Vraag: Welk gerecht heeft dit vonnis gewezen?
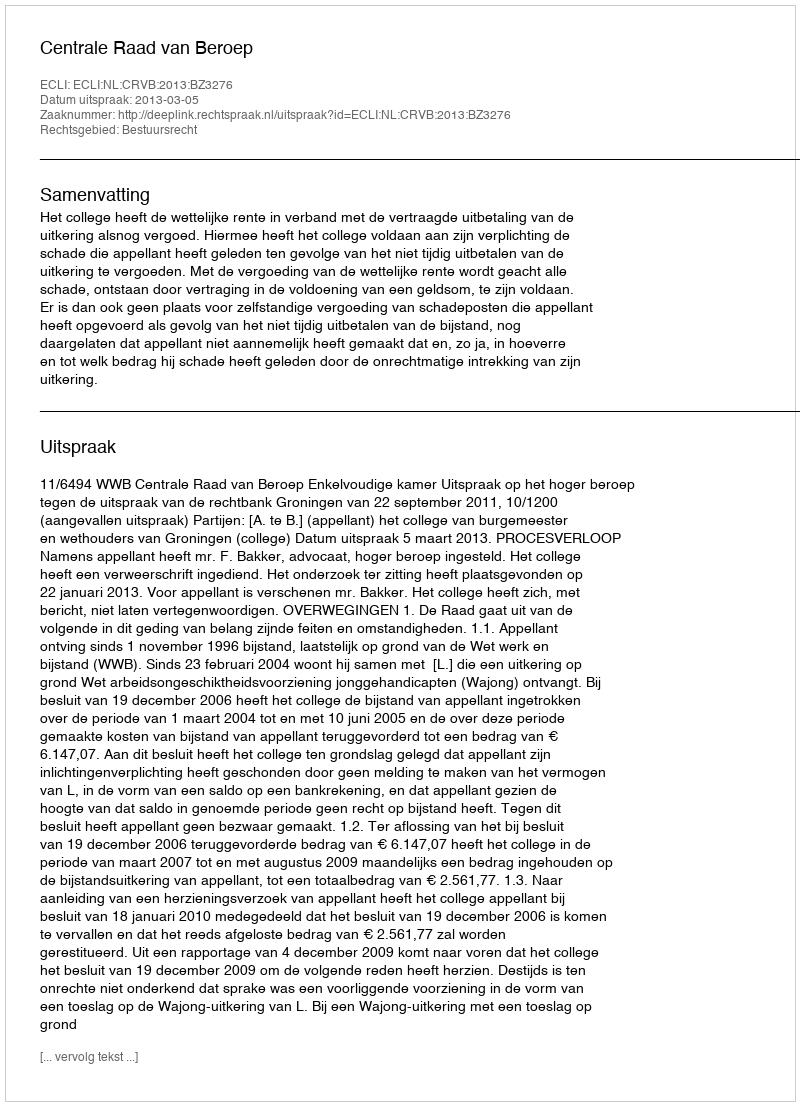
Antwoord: Centrale Raad van Beroep